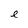
Character: e